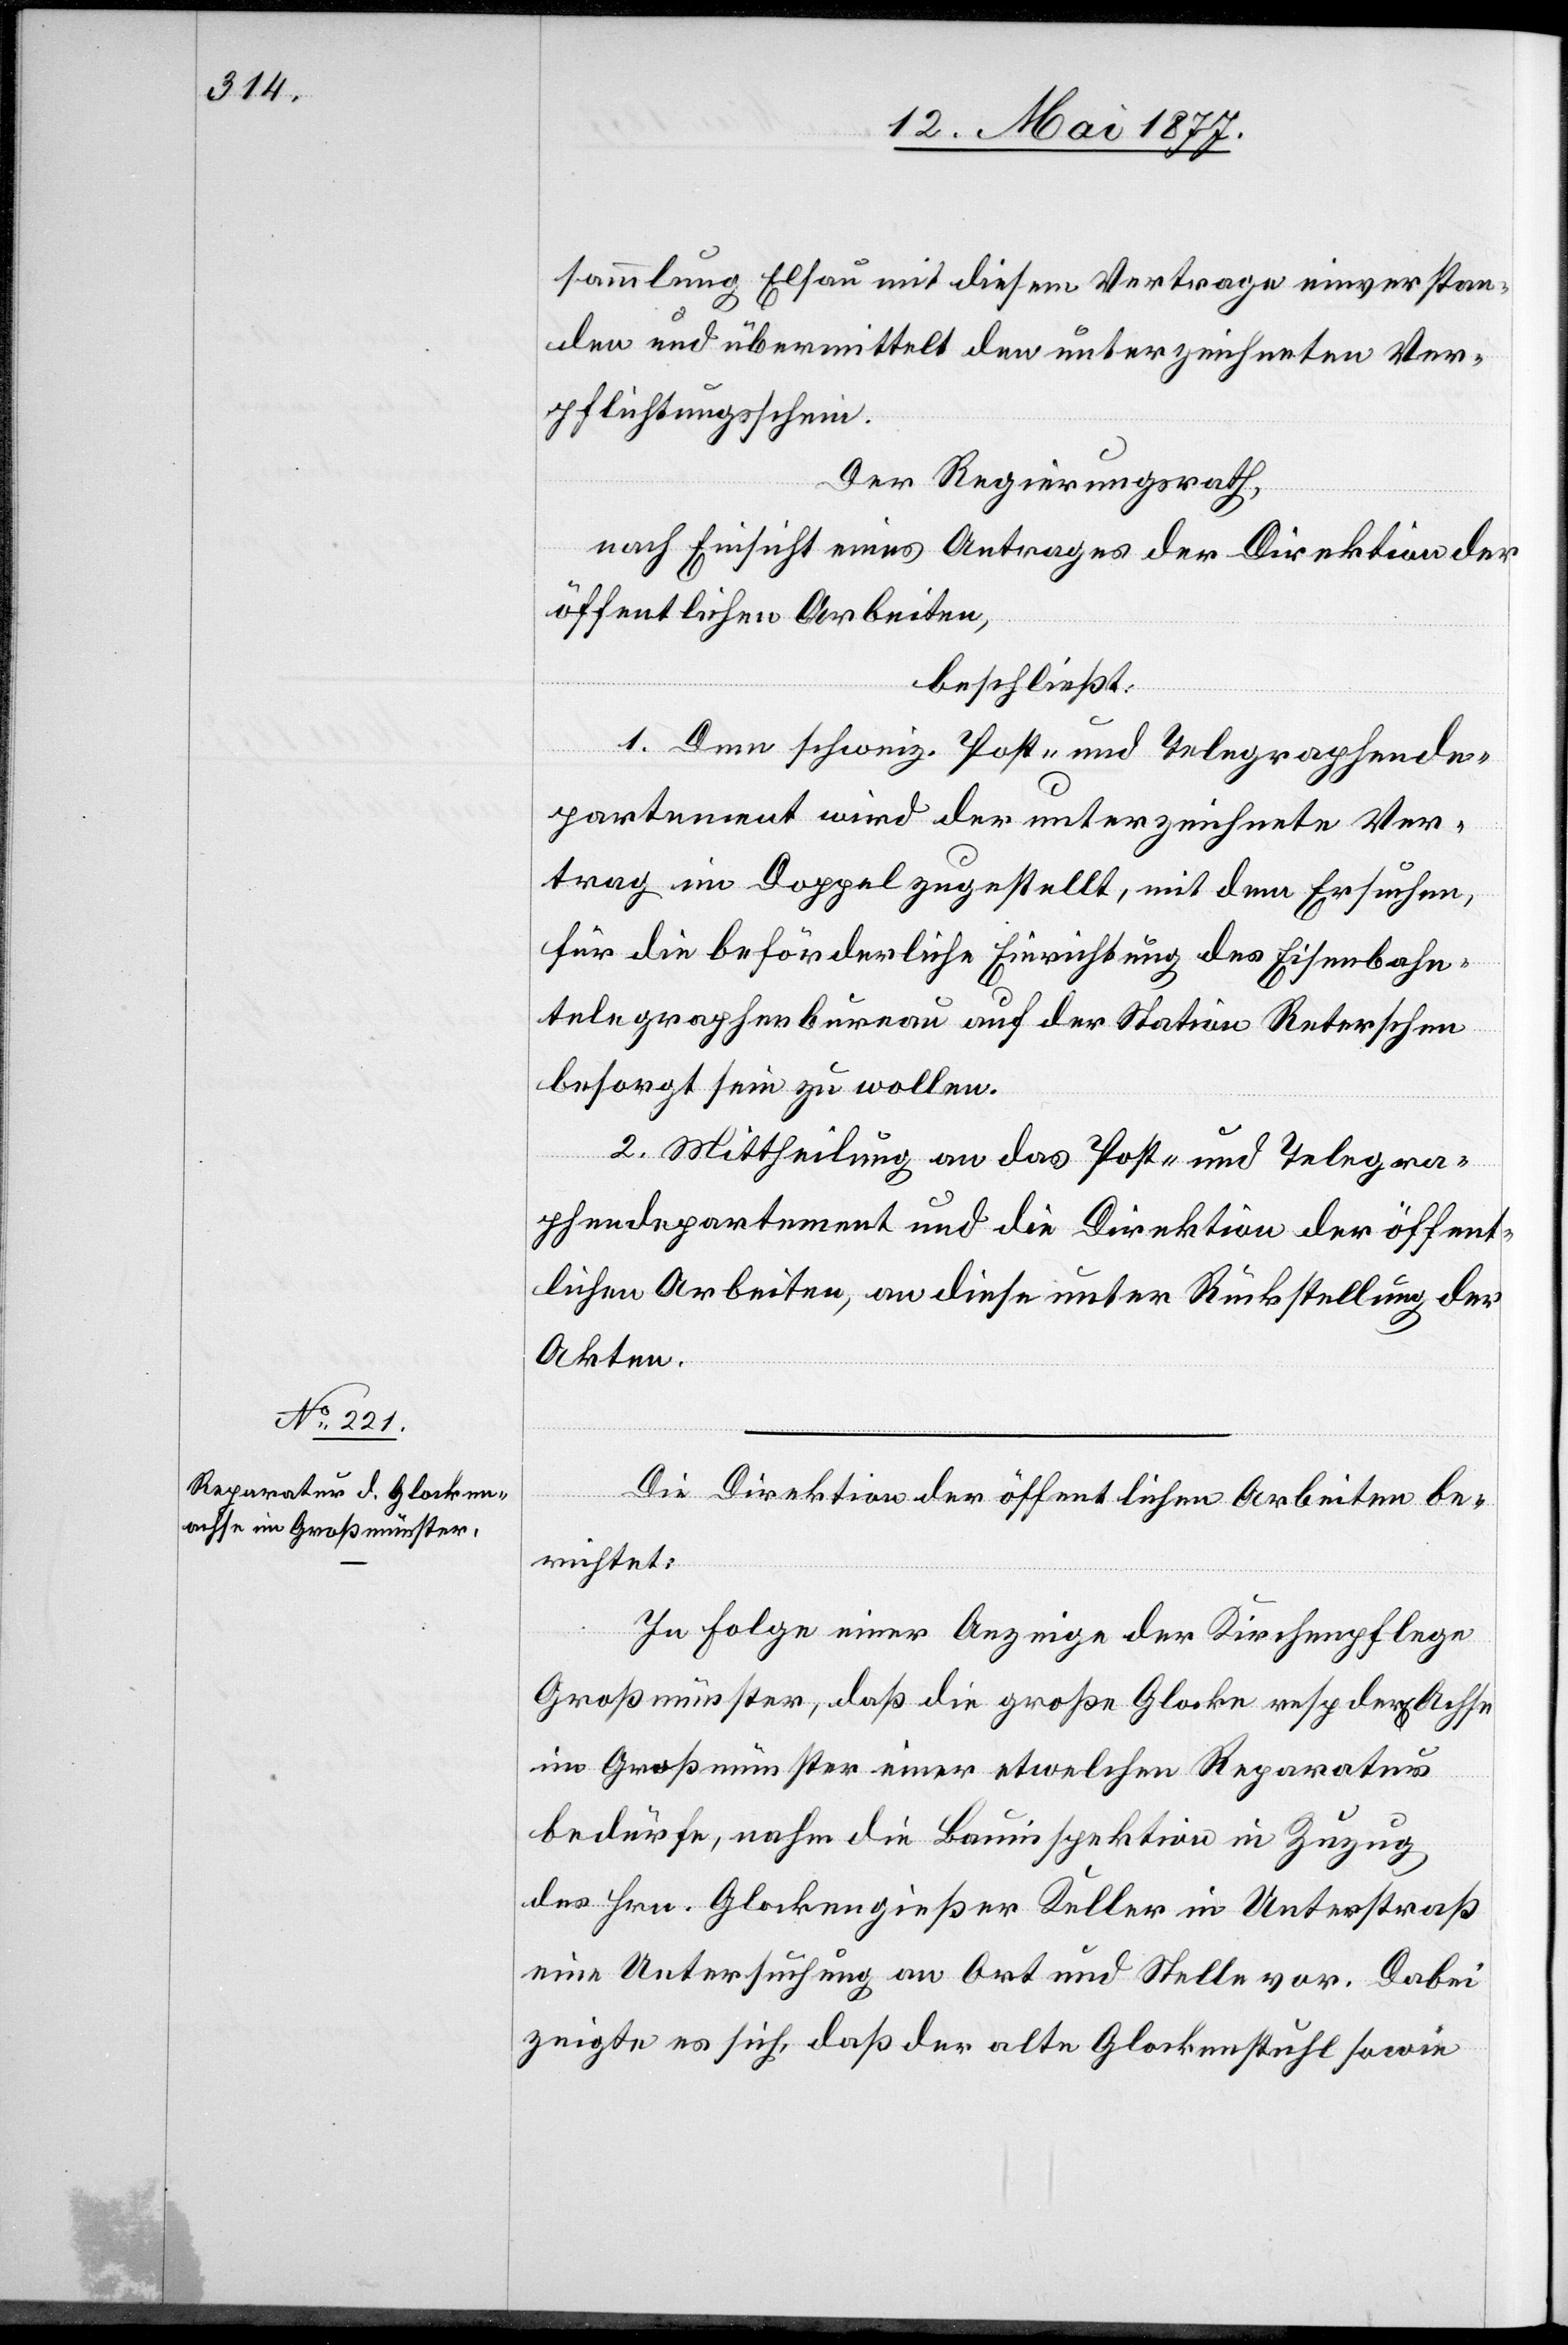
sammlung Elsau mit diesem Vertrage einverstan¬
den und übermittelt den unterzeichneten Ver¬
pflichtungsschein.
Der Regierungsrath,
nach Einsicht eines Antrages der Direktion der
öffentlichen Arbeiten,
beschließt:
1. Dem schweiz. Post- und Telegraphende¬
partement wird der unterzeichnete Ver¬
trag im Doppel zugestellt, mit dem Ersuchen,
für die beförderliche Einrichtung des Eisenbahn¬
telegraphenbureau auf der Station Reterschen
besorgt sein zu wollen.
2. Mittheilung an das Post- und Telegra¬
phendepartement und die Direktion der öffent¬
lichen Arbeiten, an diese unter Rückstellung der
Akten.
Die Direktion der öffentlichen Arbeiten be¬
richtet:
In Folge einer Anzeige der Kirchenpflege
Großmünster, daß die große Glocke resp. der[en] Achse
im Großmünster einer etwelchen Reparatur
bedürfe, nahm die Bauinspektion in Zuzug
des Hrn. Glockengießer Keller in Unterstraß
eine Untersuchung an Ort und Stelle vor. Dabei
zeigte es sich, daß der alte Glockenstuhl sowie